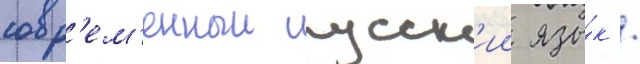
совр'ем'енныи русск'ии язы́к /